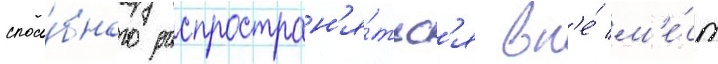
спосо́бного распростран'я́тьс'я вн'е́ м'е́ст